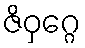
ဇိဝှဂ္ဂေ